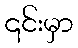
၎င်းမှာ